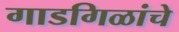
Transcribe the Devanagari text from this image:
गाडगिळांचे